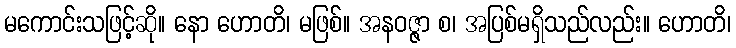
မကောင်းသဖြင့်ဆို။ နော ဟောတိ၊ မဖြစ်။ အနဝဇ္ဇာ စ၊ အပြစ်မရှိသည်လည်း။ ဟောတိ၊